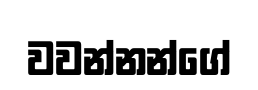
වවන්නන්ගේ